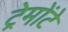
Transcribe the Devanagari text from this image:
ट्रेमोंटे